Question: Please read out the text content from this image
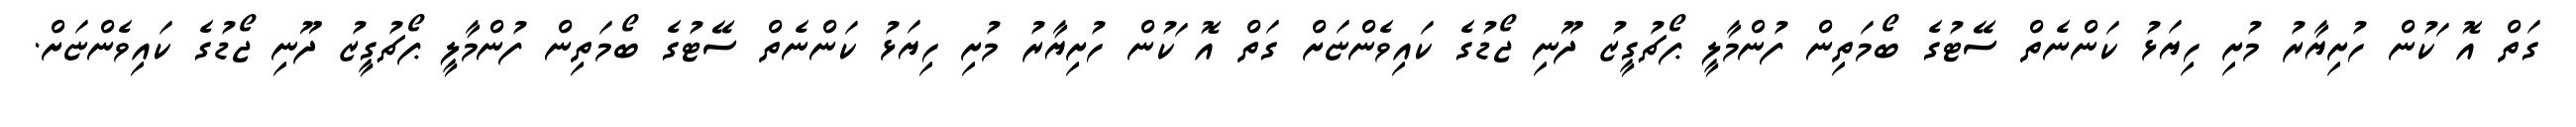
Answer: ގަތް އޮޱަކުން ހުށިޔާރު މުށި ހިޔަޅު ކަންނެތް ސޭޓުގެ ބޯމަތިން ފުންމާލީ ޕޯޗުގީޒު ދޫނި ޖޯޑުގެ ކައިވެންޏަށް ގަތް އޮޱަކުން ހުށިޔާރު މުށި ހިޔަޅު ކަންނެތް ސޭޓުގެ ބޯމަތިން ފުންމާލީ ޕޯޗުގީޒު ދޫނި ޖޯޑުގެ ކައިވެންޏަށް.